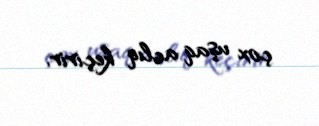
çox uşaq aclıq keçirir.